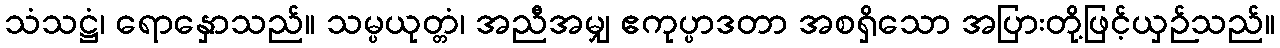
သံသဋ္ဌံ၊ ရောနှောသည်။ သမ္ပယုတ္တံ၊ အညီအမျှ ဧကုပ္ပာဒတာ အစရှိသော အပြားတို့ဖြင့်ယှဉ်သည်။